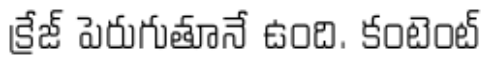
క్రేజ్ పెరుగుతూనే ఉంది. కంటెంట్